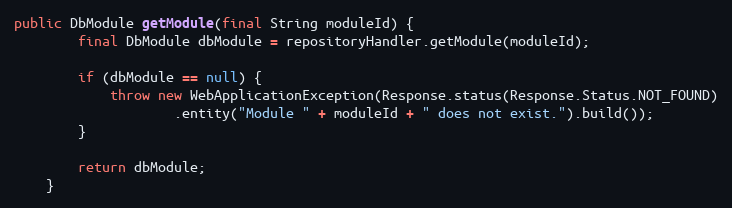
Language: Java
public DbModule getModule(final String moduleId) {
        final DbModule dbModule = repositoryHandler.getModule(moduleId);

        if (dbModule == null) {
            throw new WebApplicationException(Response.status(Response.Status.NOT_FOUND)
                    .entity("Module " + moduleId + " does not exist.").build());
        }

        return dbModule;
    }